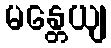
မန္တေယျ